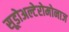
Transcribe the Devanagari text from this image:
सूडोअल्टेरोमोनाज